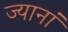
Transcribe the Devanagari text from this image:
ज्यानां